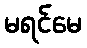
မရင်မေ